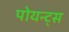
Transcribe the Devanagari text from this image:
पोयन्ट्‌स